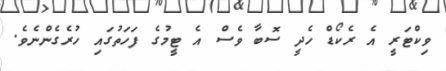
ވިކްޓަރީ އެ ރެކޯޑް ހެދީ ސޮބާ ވެސް އެ ޓީމުގެ ފަހަތުގައި ހުރެގެންނެވެ.